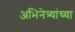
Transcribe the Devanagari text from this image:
अभिनेत्र्यांच्या